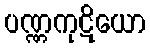
ပဏ္ဏကုဋိယော